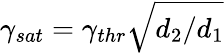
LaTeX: \gamma_{sat}=\gamma_{thr}\sqrt{d_{2}/d_{1}}